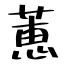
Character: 蕙